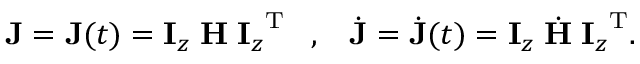
{ \mathbf J } = { \mathbf J } ( t ) = { \mathbf I } _ { z } \; { \mathbf H } \; { { \mathbf I } _ { z } } ^ { { \mathrm T } } \; \; \; , \; \; \; \dot { { \mathbf J } } = \dot { { \mathbf J } } ( t ) = { \mathbf I } _ { z } \; \dot { { \mathbf H } } \; { { \mathbf I } _ { z } } ^ { { \mathrm T } } .